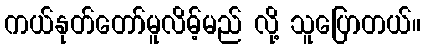
ကယ်နုတ်တော်မူလိမ့်မည် လို့ သူပြောတယ်။